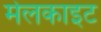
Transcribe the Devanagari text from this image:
मेलकाइट